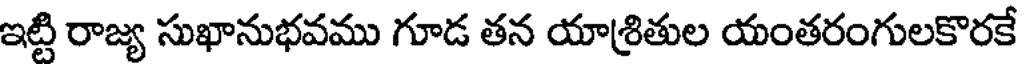
ఇట్టి రాజ్య సుఖానుభవము గూడ తన యాశ్రితుల యంతరంగులకొరకే